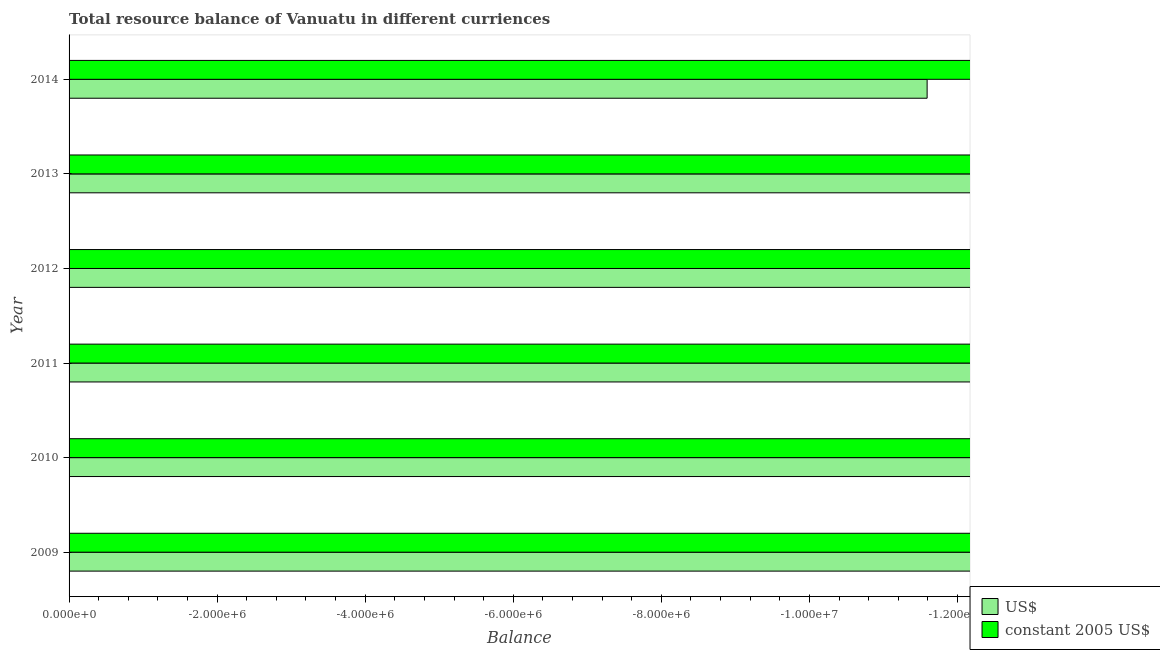
| Year | US$ | constant 2005 US$ |
 | --- | --- | --- |
 | 2009 | -4.37e+07 | -4.67e+09 |
 | 2010 | -4.28e+07 | -4.15e+09 |
 | 2011 | -4.46e+07 | -3.99e+09 |
 | 2012 | -1.37e+07 | -1.27e+09 |
 | 2013 | -2.78e+07 | -2.63e+09 |
 | 2014 | -1.16e+07 | -1.12e+09 |